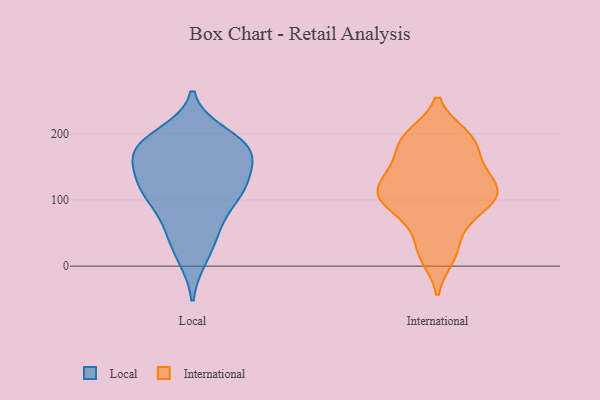
{"axis": {"x": "Budget (USD K)", "y": "Value"}, "legend": ["International", "Local"], "data": [{"x": "", "y": 121, "type": "Local"}, {"x": "", "y": 174, "type": "Local"}, {"x": "", "y": 13, "type": "Local"}, {"x": "", "y": 130, "type": "Local"}, {"x": "", "y": 173, "type": "Local"}, {"x": "", "y": 104, "type": "Local"}, {"x": "", "y": 183, "type": "Local"}, {"x": "", "y": 63, "type": "Local"}, {"x": "", "y": 124, "type": "Local"}, {"x": "", "y": 177, "type": "Local"}, {"x": "", "y": 105, "type": "Local"}, {"x": "", "y": 167, "type": "Local"}, {"x": "", "y": 47, "type": "Local"}, {"x": "", "y": 199, "type": "Local"}, {"x": "", "y": 194, "type": "International"}, {"x": "", "y": 159, "type": "International"}, {"x": "", "y": 153, "type": "International"}, {"x": "", "y": 195, "type": "International"}, {"x": "", "y": 183, "type": "International"}, {"x": "", "y": 95, "type": "International"}, {"x": "", "y": 96, "type": "International"}, {"x": "", "y": 109, "type": "International"}, {"x": "", "y": 126, "type": "International"}, {"x": "", "y": 198, "type": "International"}, {"x": "", "y": 13, "type": "International"}, {"x": "", "y": 21, "type": "International"}, {"x": "", "y": 117, "type": "International"}, {"x": "", "y": 134, "type": "International"}, {"x": "", "y": 97, "type": "International"}, {"x": "", "y": 51, "type": "International"}, {"x": "", "y": 118, "type": "International"}, {"x": "", "y": 77, "type": "International"}]}